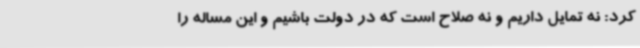
کرد: نه تمایل داریم و نه صلاح است که در دولت باشیم و این مساله را